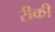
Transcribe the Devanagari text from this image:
रीकी